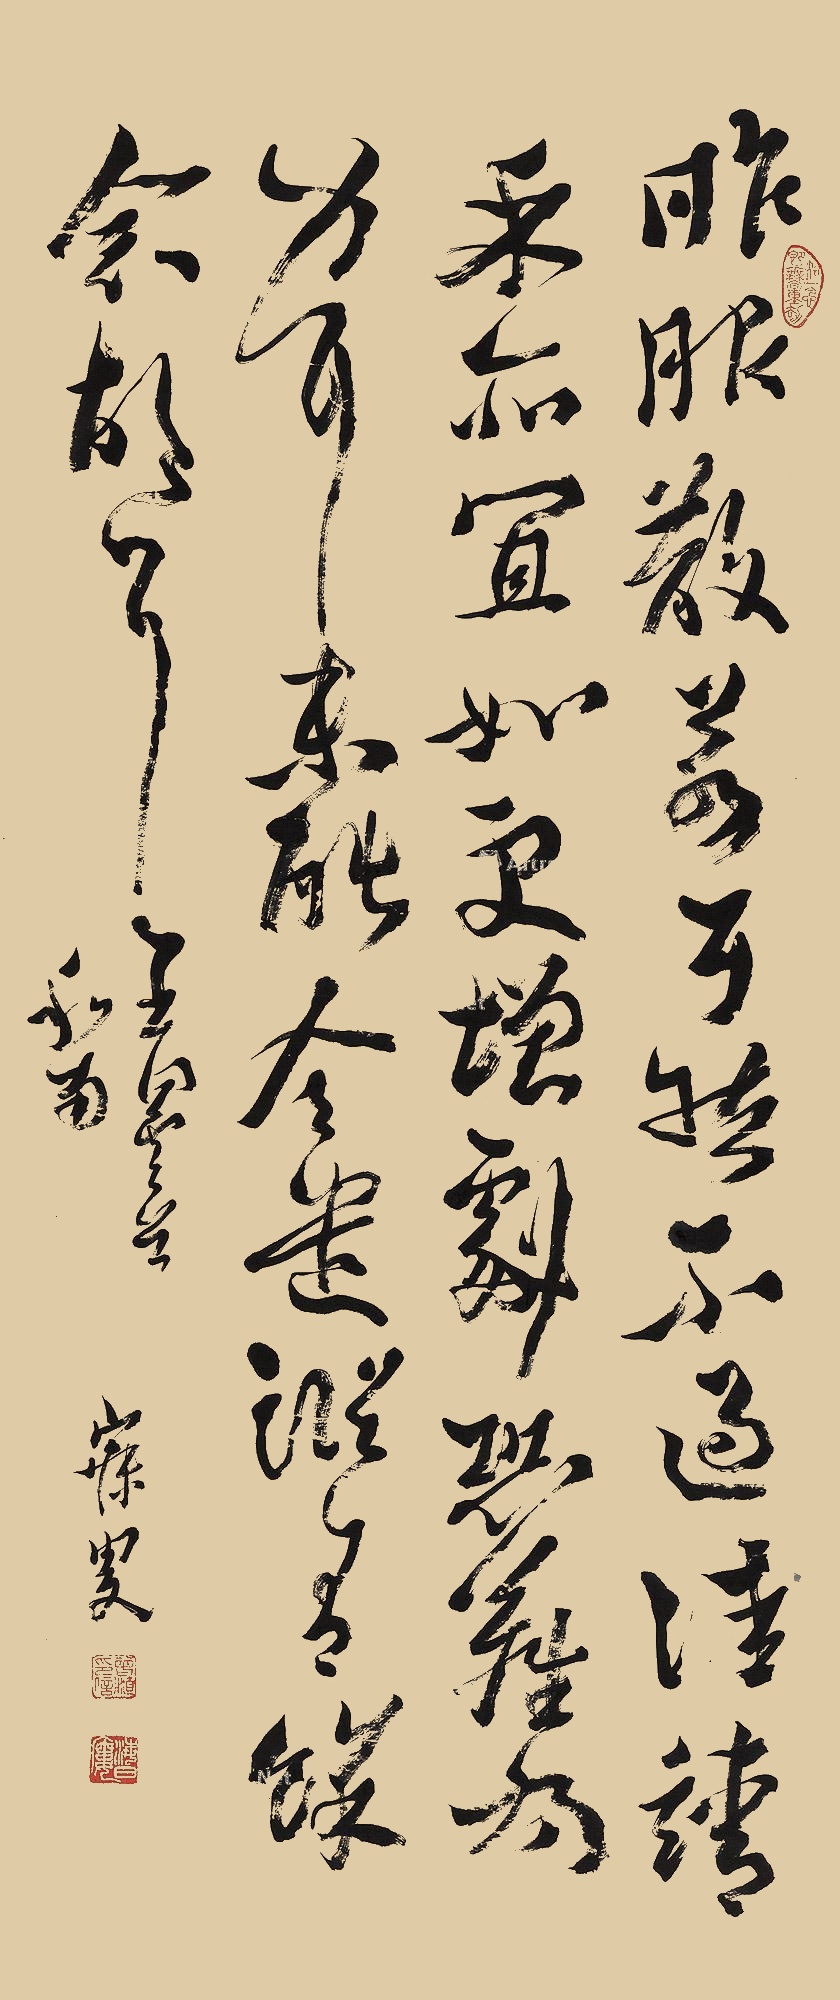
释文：昨服散差耳，然不过佳，请示所宜。如更增剧，恐难为力耳，未能令遣犹，有余念故耳。王昙首和南。寐叟。